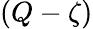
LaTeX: (Q-\zeta)